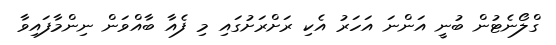
ގްލޯނެޓުން ބުނީ އަންނަ އަހަރު އެކި ރަށްރަށުގައި މި ފެއާ ބާއްވަން ނިންމާފައިވާ